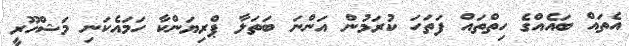
އެތައް ބައެެއްގެ ހިތްތައް ފަތަހަ ކުރަމުން އަންނަ ބަތަލާ ޕްރިޔަންކާ ހަމައެކަނި މަޝްހޫރީ